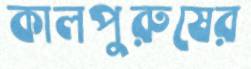
কালপুরুষের